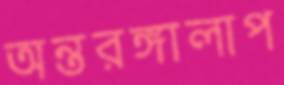
অন্তরঙ্গালাপ